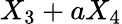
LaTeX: X_{3}+aX_{4}